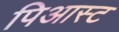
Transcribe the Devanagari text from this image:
पिआस्ट